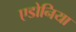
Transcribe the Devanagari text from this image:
एडोनिया